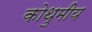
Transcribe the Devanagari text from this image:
कोथुमीय